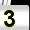
Digit: 3